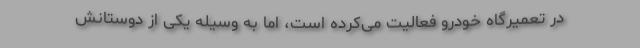
در تعمیرگاه خودرو فعالیت می‌کرده است، اما به وسیله یکی از دوستانش